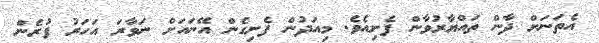
އެތަނަށް ދާން ތައްޔާރުވާން ފެށިއެވެ. މިއަދުން ފެށިގެން އޭނައަށް ނަވާރަ އަހަރު ފުރެން